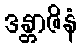
ဒန္တာဇိနံ